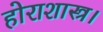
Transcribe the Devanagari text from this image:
होराशास्त्र।